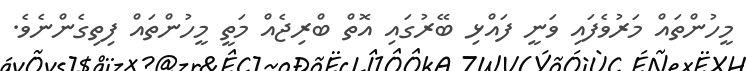
މީހުންތައް މަރުވެފައި ވަނީ ފައްޅި ބޭރުގައި އޮތް ބްރިޖެއް މަތީ މީހުންތައް ފިތިގެންނެވެ.